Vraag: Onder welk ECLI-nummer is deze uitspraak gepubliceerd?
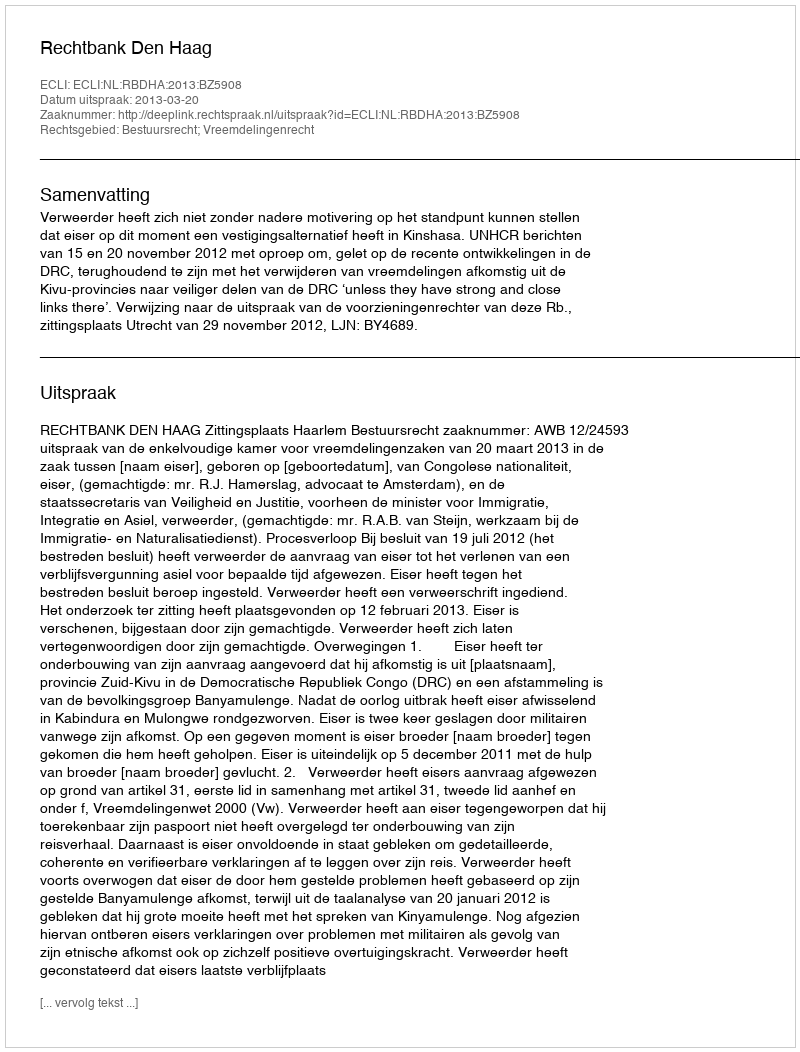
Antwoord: ECLI:NL:RBDHA:2013:BZ5908